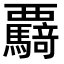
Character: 𮗌